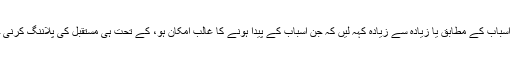
تو مہیا اسباب کے مطابق یا زیادہ سے زیادہ کہہ لیں کہ جن اسباب کے پیدا ہونے کا غالب امکان ہو، کے تحت ہی مستقبل کی پلاننگ کرنی چاہیے۔